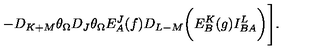
- D _ { K + M } \theta _ { \Omega } D _ { J } \theta _ { \Omega } E _ { A } ^ { J } ( f ) D _ { L - M } \biggl ( E _ { B } ^ { K } ( g ) I _ { B A } ^ { L } \biggr ) \Biggr ] .